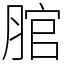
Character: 𦜐